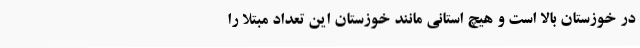
در خوزستان بالا است و هیچ استانی مانند خوزستان این تعداد مبتلا را